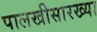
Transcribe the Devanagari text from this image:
पालखीसारख्या